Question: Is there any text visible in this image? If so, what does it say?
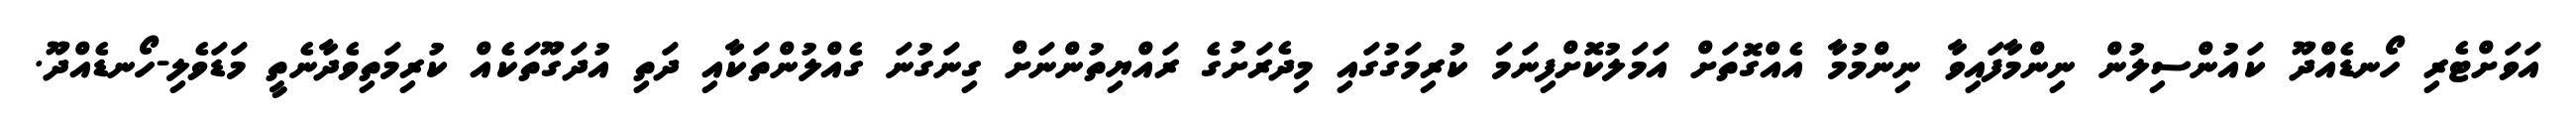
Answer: އަވަށްޓެރި ހޯނޑެއްދޫ ކައުންސިލުން ނިންމާފައިވާ ނިންމުމާ އެއްގޮތަށް އަމަލުކޮށްފިނަމަ ކުރިމަގުގައި މިދެރަށުގެ ރައްޔިތުންނަށް ގިނަގުނަ ގެއްލުންތަކާއި ދަތި އުދަގޫތަކެއް ކުރިމަތިވެދާނެތީ މަޑަވެލި-ހޯނޑެއްދޫ.